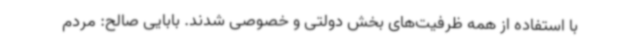
با استفاده از همه ظرفیت‌های بخش دولتی و خصوصی شدند. بابایی صالح: مردم